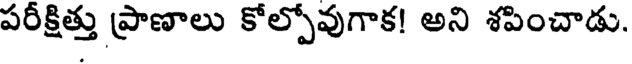
పరీక్షిత్తు ప్రాణాలు కోల్పోవుగాక! అని శపించాడు.